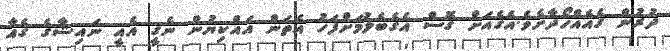
ދުރުން ގެއެއްހޯދާށެވެ.އެގެއަށް ގޮސް އެގެބެލުމަށްފަހު އެތަން އައްކިޔުން ނެގީ އެއީ ނައިޝާގެ ގެއާ